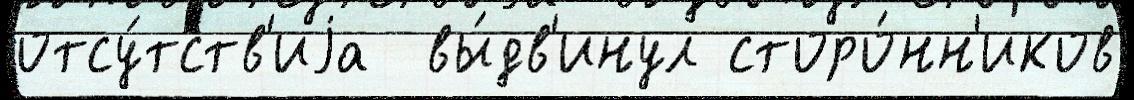
отсу́тств'иjа  вы́дв'инул сторо́нн'иков